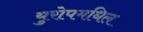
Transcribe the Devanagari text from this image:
युरोपमधिल